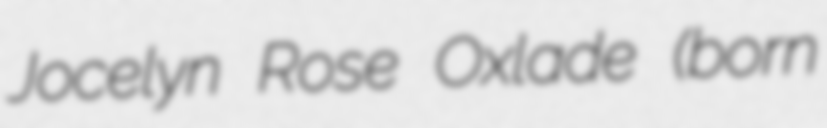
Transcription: Jocelyn Rose Oxlade (born